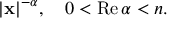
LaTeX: | \mathbf { x } | ^ { - \alpha } , \quad 0 < \operatorname { R e } \alpha < n .